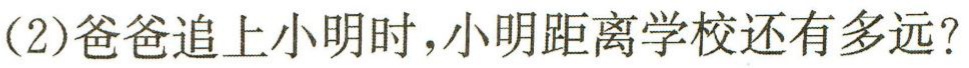
(2)爸爸追上小明时，小明距离学校还有多远？